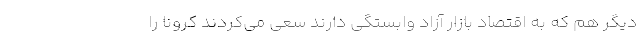
دیگر هم که به اقتصاد بازار آزاد وابستگی دارند سعی می‌کردند کرونا را